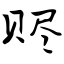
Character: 赆